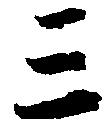
三